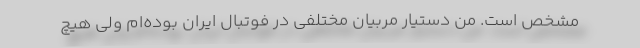
مشخص است. من دستیار مربیان مختلفی در فوتبال ایران بوده‌ام ولی هیچ